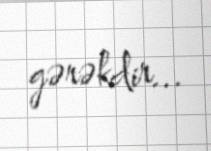
gərəkdir...